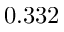
0 . 3 3 2